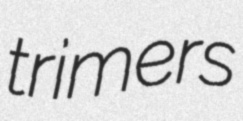
trimers